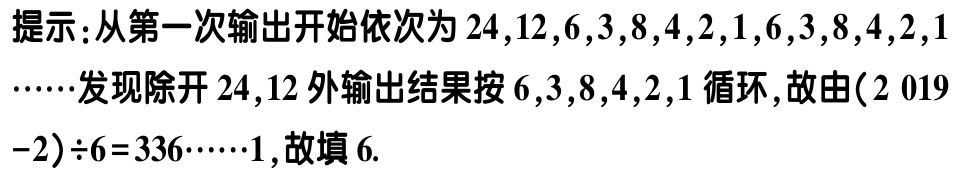
提示：从第一次输出开始依次为 \(24,12,6,3,8,4,2,1,6,3,8,4,2,1\)……发现除开 \(24,12\) 外输出结果按 \(6,3,8,4,2,1\) 循环，故由 \((2019 - 2)\div6 = 336\cdots\cdots1\)，故填 \(6\).